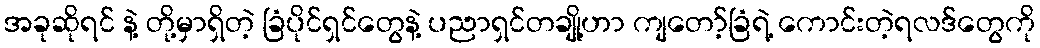
အခုဆိုရင် နဲ့ တို့မှာရှိတဲ့ ခြံပိုင်ရှင်တွေနဲ့ ပညာရှင်တချို့ဟာ ကျတော့်ခြံရဲ့ ကောင်းတဲ့ရလဒ်တွေကို